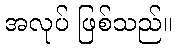
အလုပ် ဖြစ်သည်။